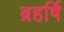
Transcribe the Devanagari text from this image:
ब्रहर्षि